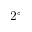
2 ^ { \circ }